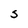
Character: S